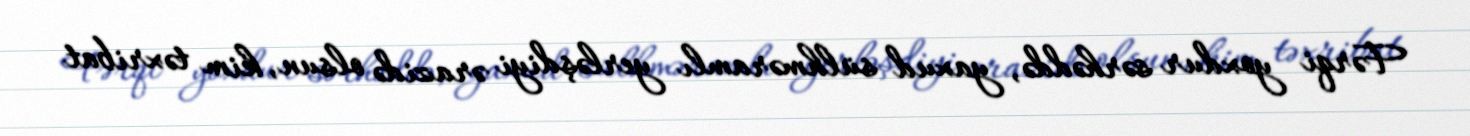
Fərqi yoxdur sərhəddə, yaxud sülhməramlı yerləşdiyi ərazidə olsun, kim təxribat